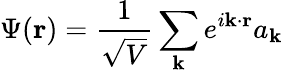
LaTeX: \Psi(\mathbf{r})={\frac{1}{\sqrt{V}}}\sum_{\mathbf{k}}e^{i\mathbf{k\cdot r}}a_{\mathbf{k}}